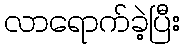
လာရောက်ခဲ့ပြီး